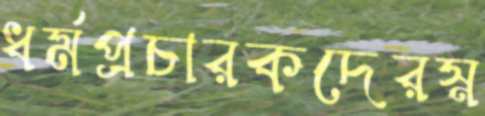
ধর্মপ্রচারকদেরস্ন